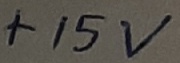
Text: +15V